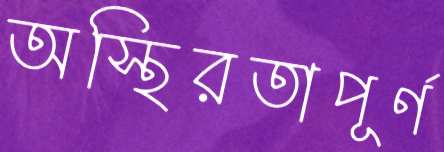
অস্থিরতাপূর্ণ